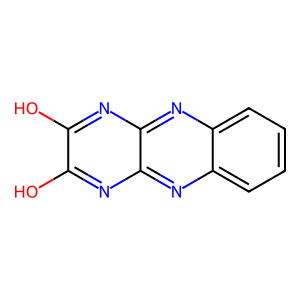
SMILES: Oc1nc2nc3ccccc3nc2nc1O
Inhibits HIV replication: No